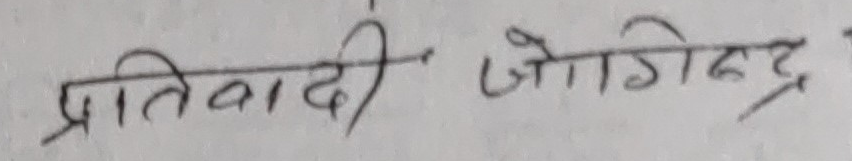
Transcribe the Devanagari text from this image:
प्रतिवादी जोगिन्द्र